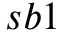
s b 1